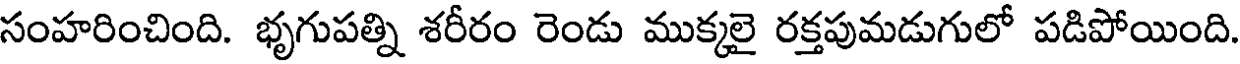
సంహరించింది. భృగుపత్ని శరీరం రెండు ముక్కలై రక్తపుమడుగులో పడిపోయింది.